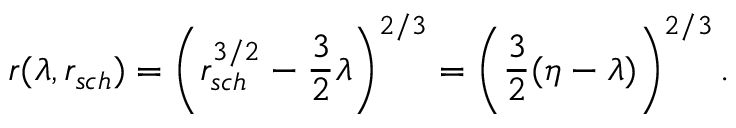
r ( \lambda , r _ { s c h } ) = \left( r _ { s c h } ^ { 3 / 2 } - { \frac { 3 } { 2 } } \lambda \right) ^ { 2 / 3 } = \left( { \frac { 3 } { 2 } } ( \eta - \lambda ) \right) ^ { 2 / 3 } .